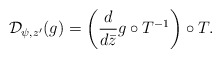
\begin{align*} \mathcal D_{\psi, z'}(g) = \left(\frac{d }{ d \bar z} g\circ T^{-1} \right)\circ T. \end{align*}